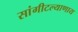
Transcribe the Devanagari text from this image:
सांगीटल्याणाय